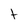
Character: t